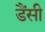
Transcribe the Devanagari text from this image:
डैंसी